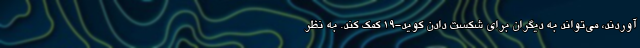
آوردند، می‌تواند به دیگران برای شکست دادن کوید-19 کمک کند. به نظر